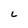
Character: L